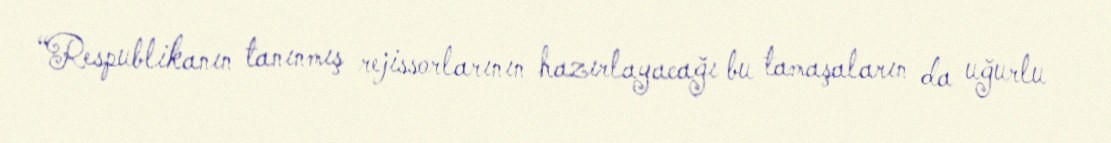
“Respublikanın tanınmış rejissorlarının hazırlayacağı bu tamaşaların da uğurlu